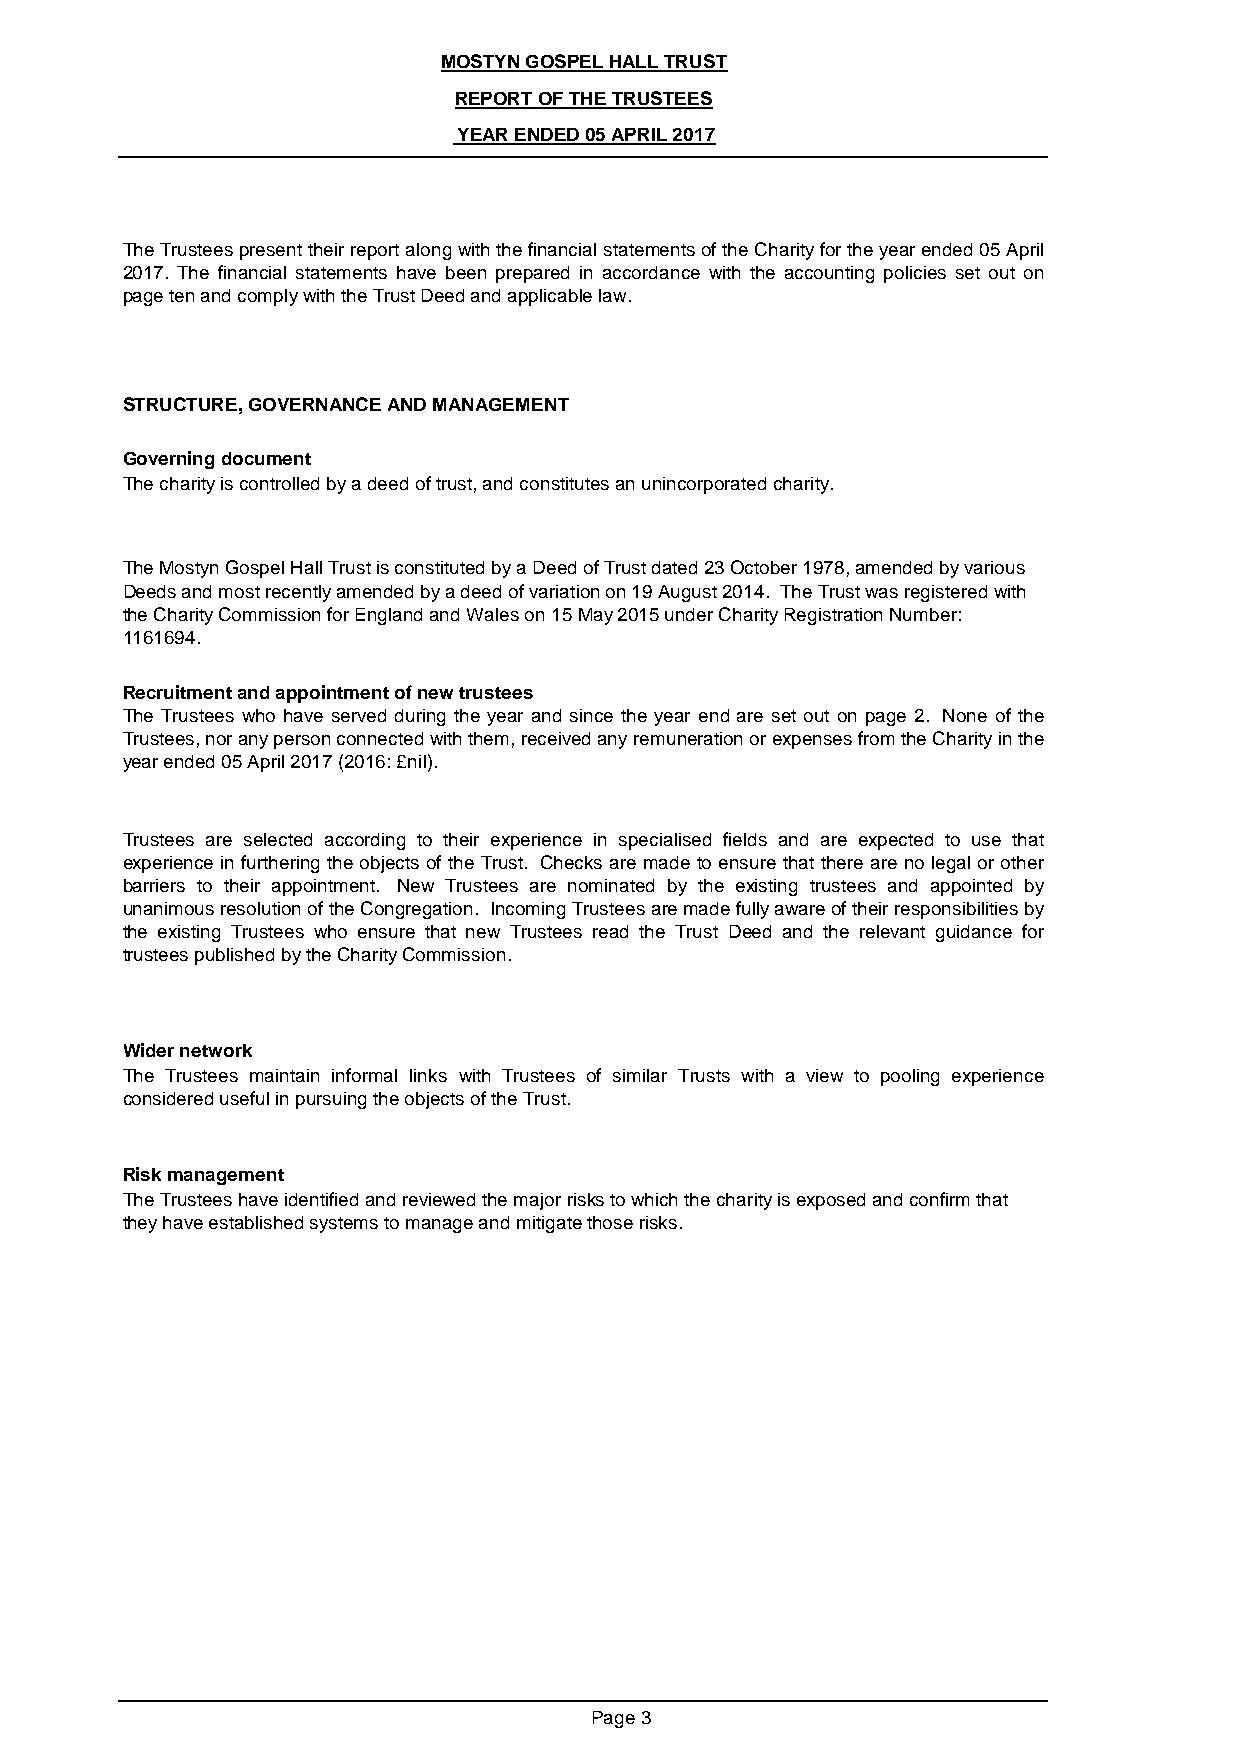
MOSTYN GOSPEL HALL TRUST
 REPORT OF THE TRUSTEES
 YEAR ENDED 05 APRIL 2017
 TheTrusteespresenttheirreportalongwiththefinancialstatementsoftheCharityfortheyearended05April
 2017. The financial statements have been prepared in accordance with the accounting policies set out on
 page ten and comply with the Trust Deed and applicable law.
 STRUCTURE, GOVERNANCE AND MANAGEMENT
 Governing document
 The charity is controlled by a deed of trust, and constitutes an unincorporated charity.
 The Mostyn Gospel Hall Trust is constituted by a Deed of Trust dated 23 October 1978, amended by various
 Deeds and most recently amended by a deed of variation on 19 August 2014. The Trust was registered with
 the Charity Commission for England and Wales on 15 May 2015 under Charity Registration Number:
 1161694.
 Recruitment and appointment of new trustees
 The Trustees who have served during the year and since the year end are set out on page 2. None of the
 Trustees,noranypersonconnectedwiththem,receivedanyremunerationorexpensesfromtheCharityinthe
 year ended 05 April 2017 (2016: £nil).
 Trustees are selected according to their experience in specialised fields and are expected to use that
 experience in furthering the objects of the Trust. Checks are made to ensure that there are no legal or other
 barriers to their appointment. New Trustees are nominated by the existing trustees and appointed by
 unanimousresolutionoftheCongregation. IncomingTrusteesaremadefullyawareoftheirresponsibilitiesby
 the existing Trustees who ensure that new Trustees read the Trust Deed and the relevant guidance for
 trustees published by the Charity Commission.
 Wider network
 The Trustees maintain informal links with Trustees of similar Trusts with a view to pooling experience
 considered useful in pursuing the objects of the Trust.
 Risk management
 The Trustees have identified and reviewed the major risks to which the charity is exposed and confirm that
 they have established systems to manage and mitigate those risks.
 Page 3